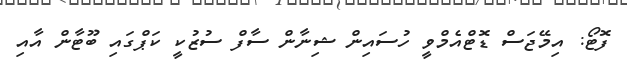
ފޮޓޯ: އިމޭޖަސް ޑޮޓްއެމްވީ ހުސައިން ޝިނާން ސާފް ސުޒުކީ ކަޕްގައި ބޫޓާން އާއި